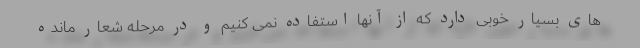
های بسیار خوبی دارد که از آنها استفاده نمی کنیم و در مرحله شعار مانده